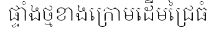
ផ្ទាំងថ្មខាងក្រោមដើមជ្រៃធំ